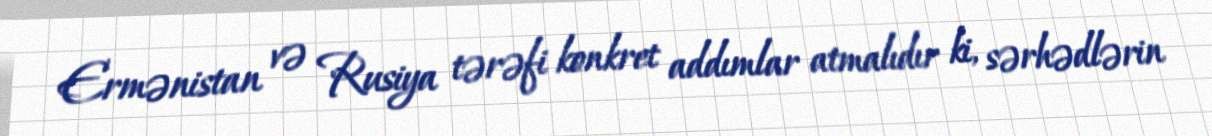
Ermənistan və Rusiya tərəfi konkret addımlar atmalıdır ki, sərhədlərin